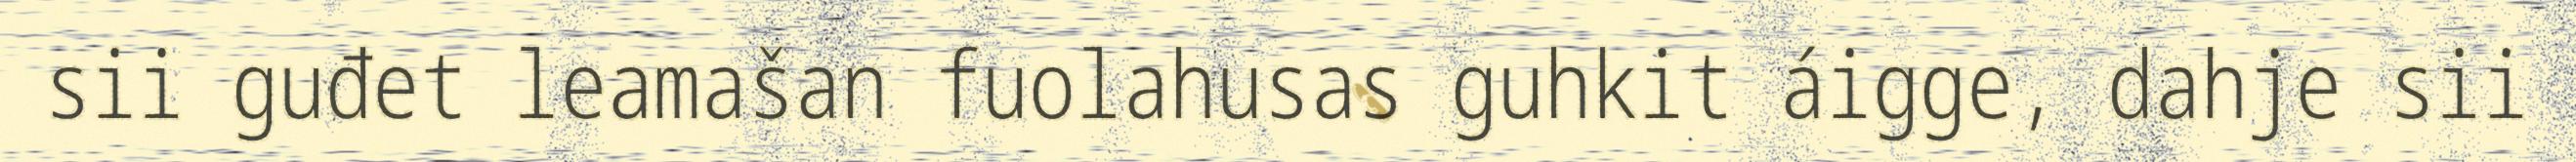
sii guđet leamašan fuolahusas guhkit áigge, dahje sii